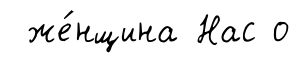
же́нщина Нас о